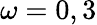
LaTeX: \omega=0,3